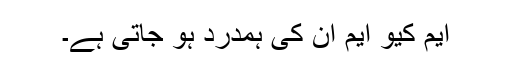
ایم کیو ایم ان کی ہمدرد ہو جاتی ہے۔